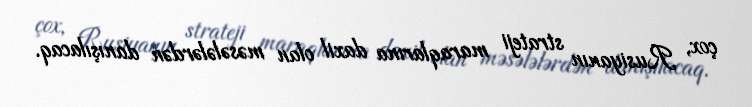
çox, Rusiyanın strateji maraqlarına daxil olan məsələlərdən danışılacaq.